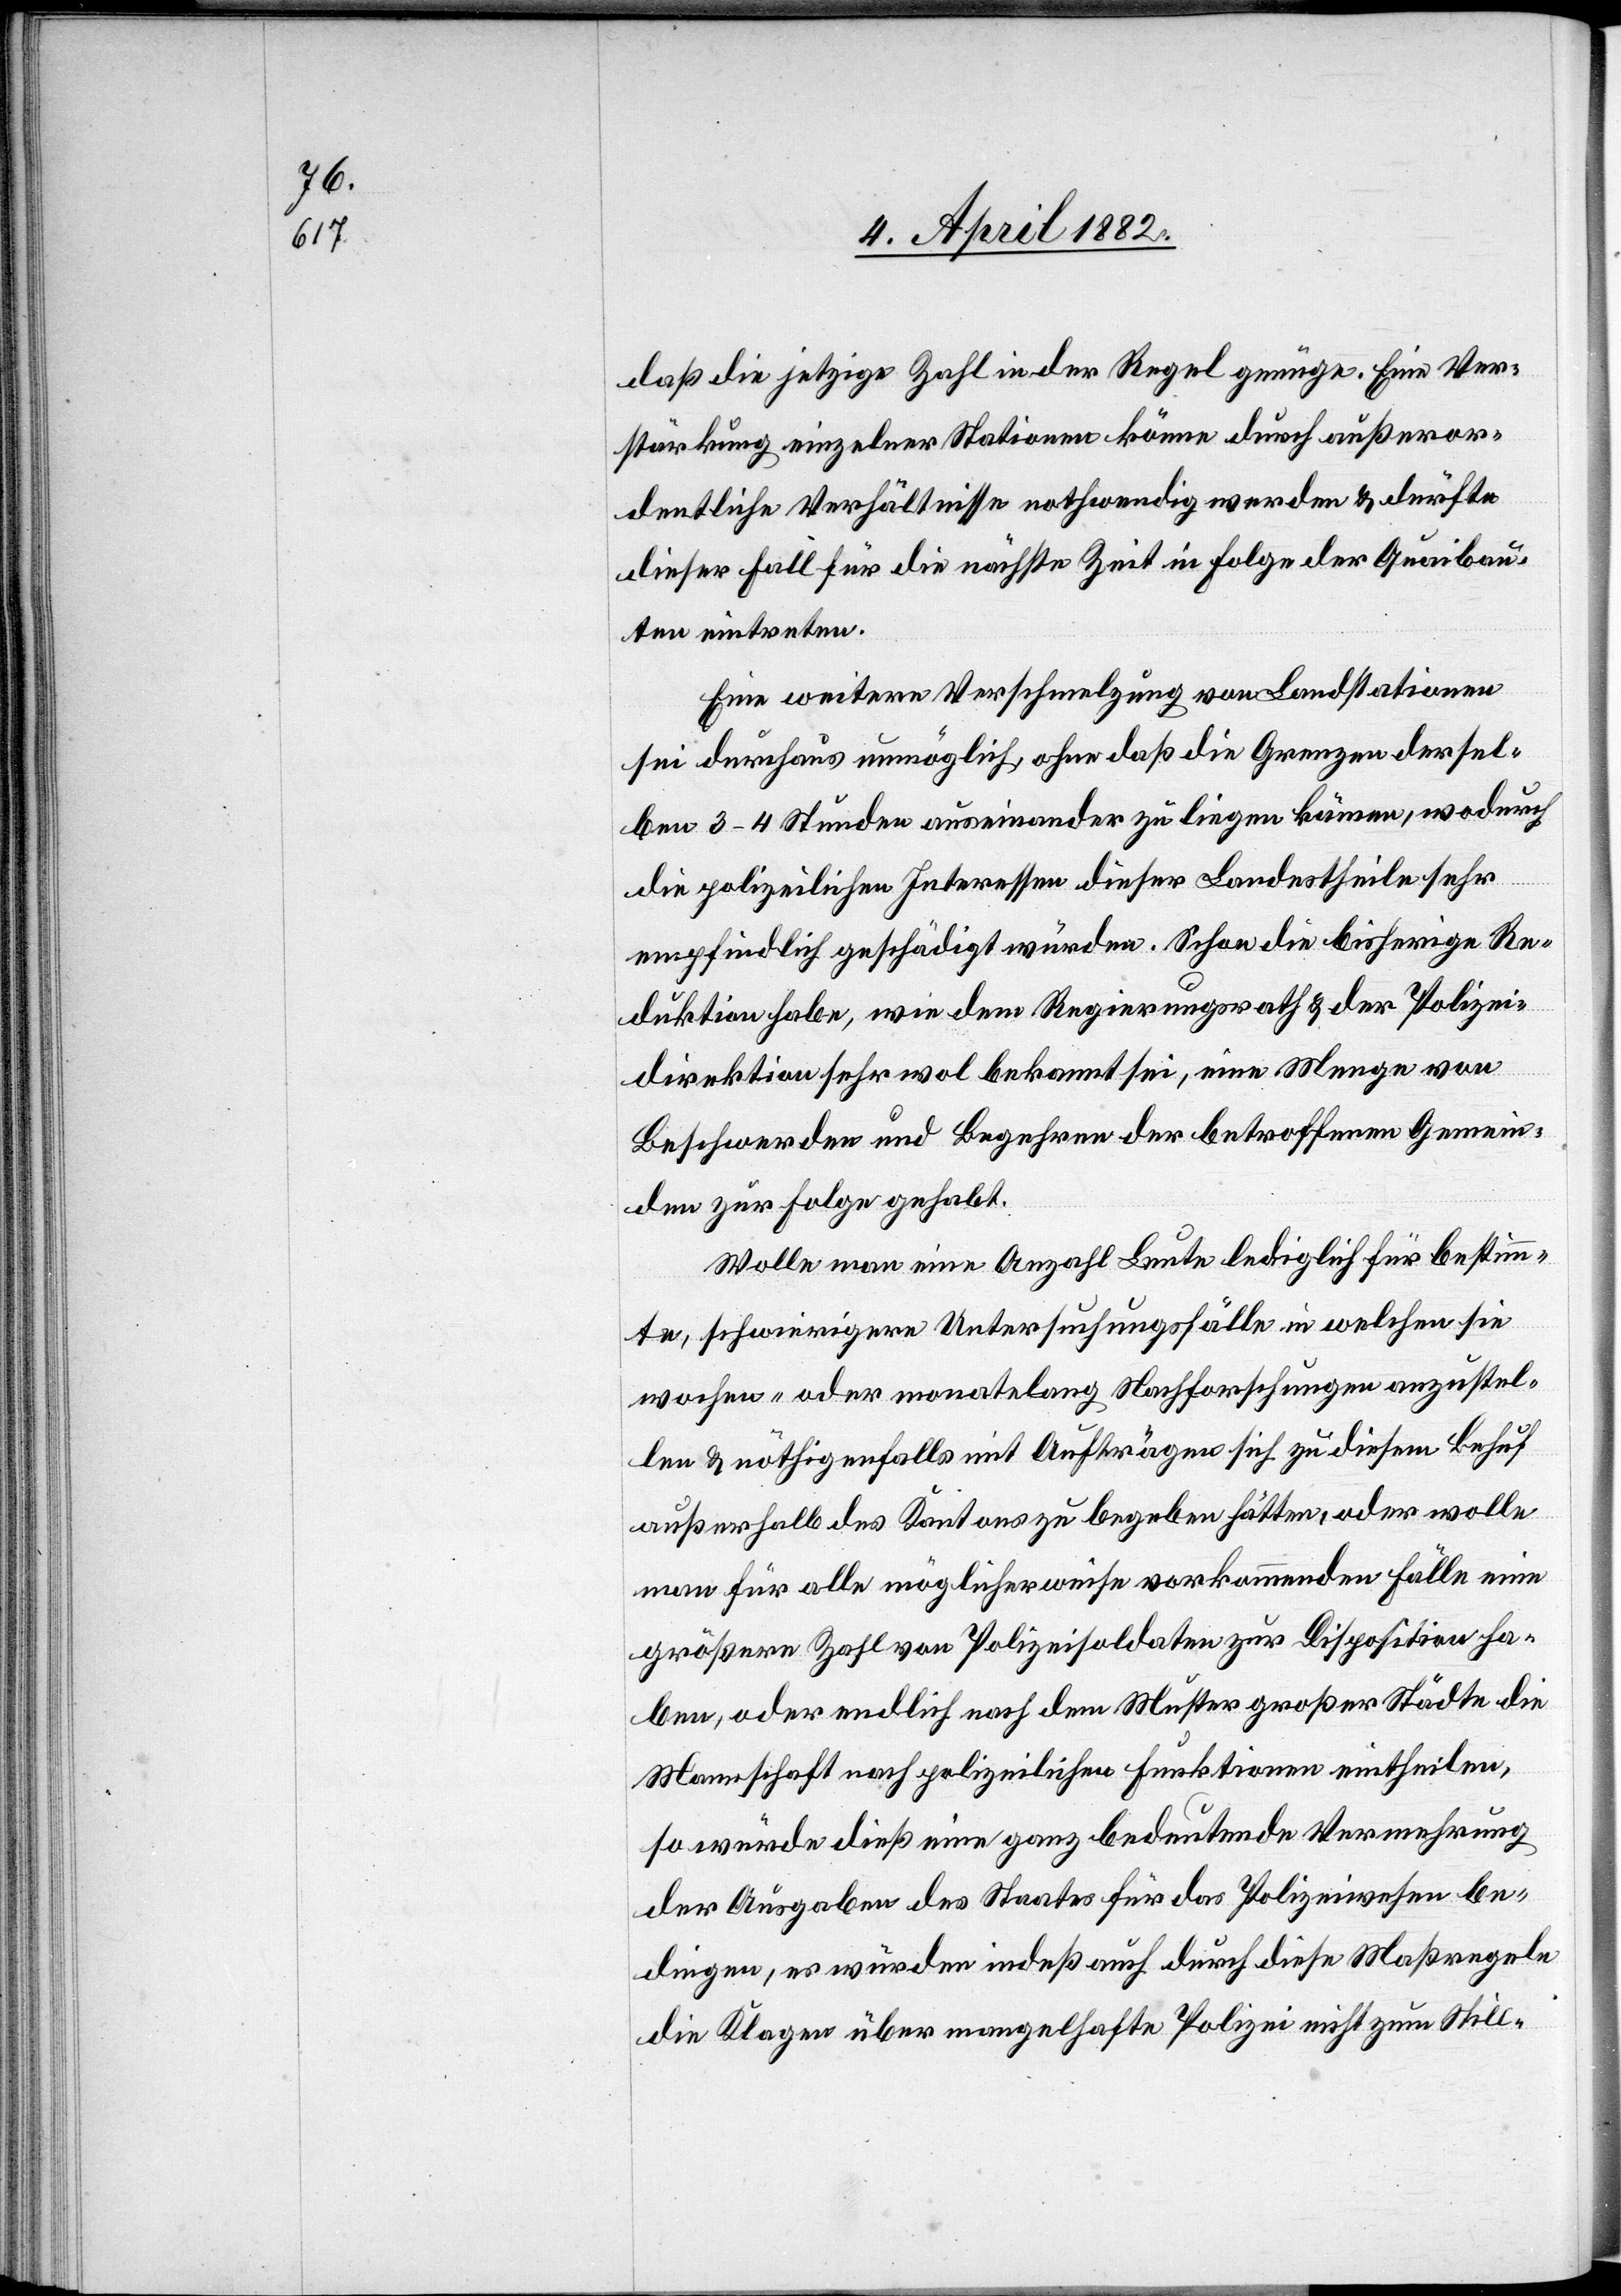
daß die jetzige Zahl in der Regel genüge. Eine Ver¬
stärkung einzelner Stationen könne durch außeror¬
dentliche Verhältnisse nothwendig werden & dürfte
dieser Fall für die nächste Zeit in Folge der Quaibau¬
ten eintreten.
Eine weitere Verschmelzung von Landstationen
sei durchaus unmöglich, ohne daß die Grenzen dersel¬
ben 3–4 Stunden auseinander zu liegen kämen, wodurch
die polizeilichen Interessen dieser Landestheile sehr
empfindlich geschädigt würden. Schon die bisherige Re¬
duktion habe, wie dem Regierungsrath & der Polizei¬
direktion sehr wol bekannt sei, eine Menge von
Beschwerden und Begehren der betroffenen Gemein¬
den zur Folge gehabt.
Wolle man eine Anzahl Leute lediglich für bestimm¬
te, schwierigere Untersuchungsfälle in welchen sie
wochen- oder monatelang Nachforschungen anzustel¬
len & nöthigenfalls mit Aufträgen sich zu diesem Behuf
außerhalb des Kantons zu begeben hätten, oder wolle
man für alle möglicherweise vorkommenden Fälle eine
größere Zahl von Polizeisoldaten zur Disposition ha¬
ben, oder endlich nach dem Muster großer Städte die
Mannschaft nach polizeilichen Funktionen eintheilen,
so würde dieß eine ganz bedeutende Vermehrung
der Ausgaben des Staates für das Polizeiwesen be¬
dingen, es würden indeß auch durch diese Maßregeln
die Klagen über mangelhafte Polizei nicht zum Still-